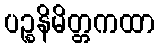
ပဉ္စနိမိတ္တကထာ